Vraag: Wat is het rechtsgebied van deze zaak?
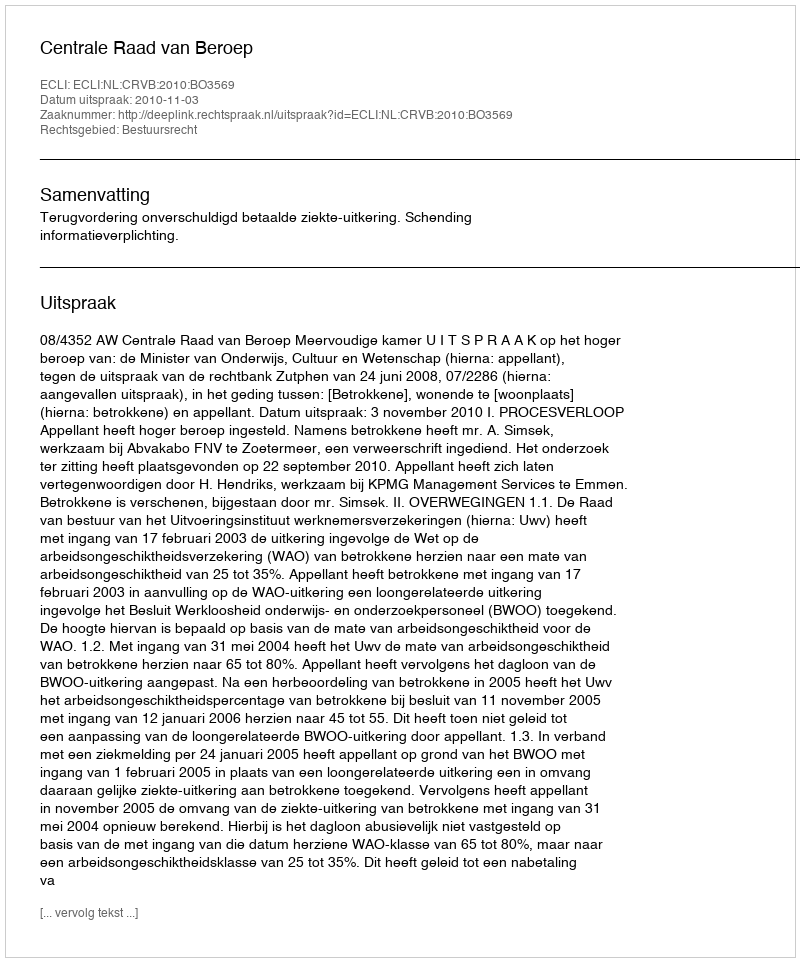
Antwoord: Bestuursrecht